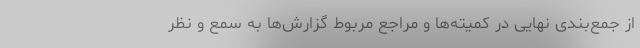
از جمع‌بندی نهایی در کمیته‌ها و مراجع مربوط گزارش‌ها به سمع و نظر